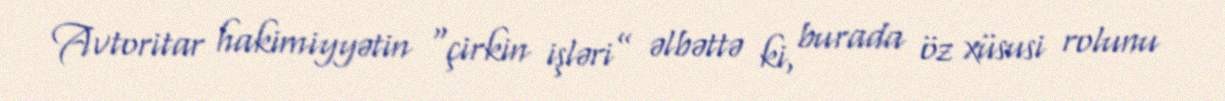
Avtoritar hakimiyyətin “çirkin işləri” əlbəttə ki, burada öz xüsusi rolunu